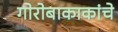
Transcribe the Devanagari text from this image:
गोरोबाकाकांचे